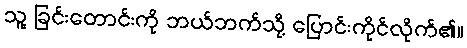
သူ့ ခြင်းတောင်းကို ဘယ်ဘက်သို့ ပြောင်းကိုင်လိုက်၏။